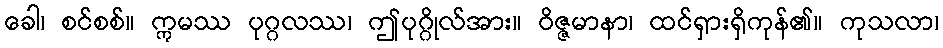
ခေါ၊ စင်စစ်။ ဣမဿ ပုဂ္ဂလဿ၊ ဤပုဂ္ဂိုလ်အား။ ဝိဇ္ဇမာနာ၊ ထင်ရှားရှိကုန်၏။ ကုသလာ၊